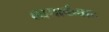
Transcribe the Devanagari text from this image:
लामार्कवाद